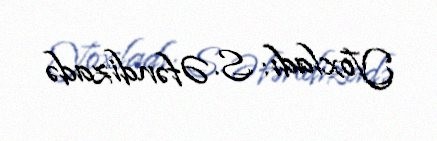
Yoxladı: S. Əfəndizadə